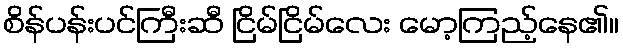
စိန်ပန်းပင်ကြီးဆီ ငြိမ်ငြိမ်လေး မော့ကြည့်နေ၏။